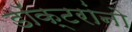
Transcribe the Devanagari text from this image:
डॉक्‍टरांनो